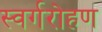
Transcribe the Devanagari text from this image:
स्वर्गरोहण